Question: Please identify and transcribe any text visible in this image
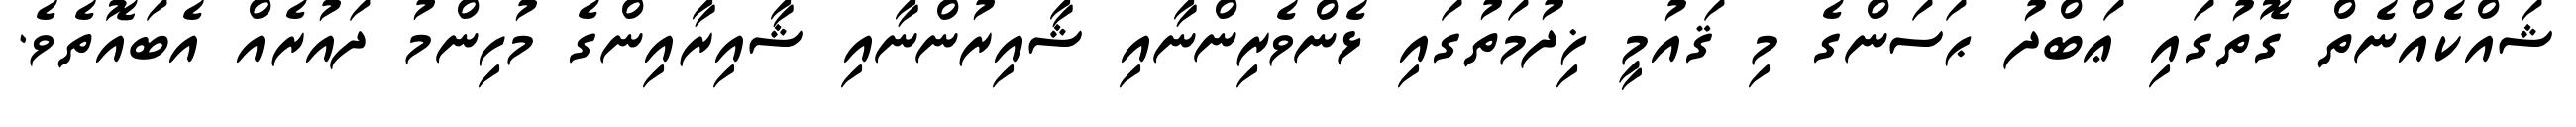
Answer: ޝައްކެއްނެތް ގޮތުގައި ޢަބްދު ޙަސަންގެ މި ޤައުމީ ޚިދުމަތުގައި ޅެންވެރިންނާއި ޝާއިރުންނާއި ޝާއިރާއިންގެ މުހިންމު ދައުރެއް އެބައޮތެވެ.